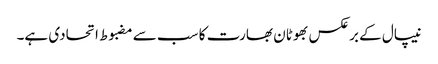
نیپال کے برعکس بھوٹان بھارت کا سب سے مضبوط اتحادی ہے۔